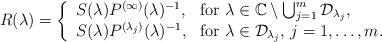
LaTeX: \begin{align*}R(\lambda) = \left\{ \begin{array}{l l}S(\lambda)P^{(\infty)}(\lambda)^{-1}, & \mbox{for } \lambda \in \mathbb{C}\setminus \bigcup_{j=1}^{m}\mathcal{D}_{\lambda_{j}}, \\S(\lambda)P^{(\lambda_{j})}(\lambda)^{-1}, & \mbox{for } \lambda \in \mathcal{D}_{\lambda_{j}}, \, j=1,\ldots,m.\end{array} \right.\end{align*}